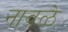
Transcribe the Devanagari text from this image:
नावळे